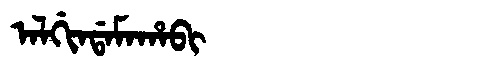
Manchu: ᠠᠯᡤᡳᠨᡩᠠᠮᠠᡥᠠᠪᡳ
Romanization: ALGINDAMAHABI